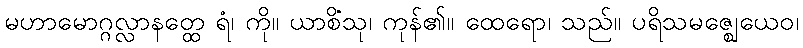
မဟာမောဂ္ဂလ္လာနတ္ထေ ရံ၊ ကို။ ယာစိံသု၊ ကုန်၏။ ထေရော၊ သည်။ ပရိသမဇ္ဈေယေဝ၊